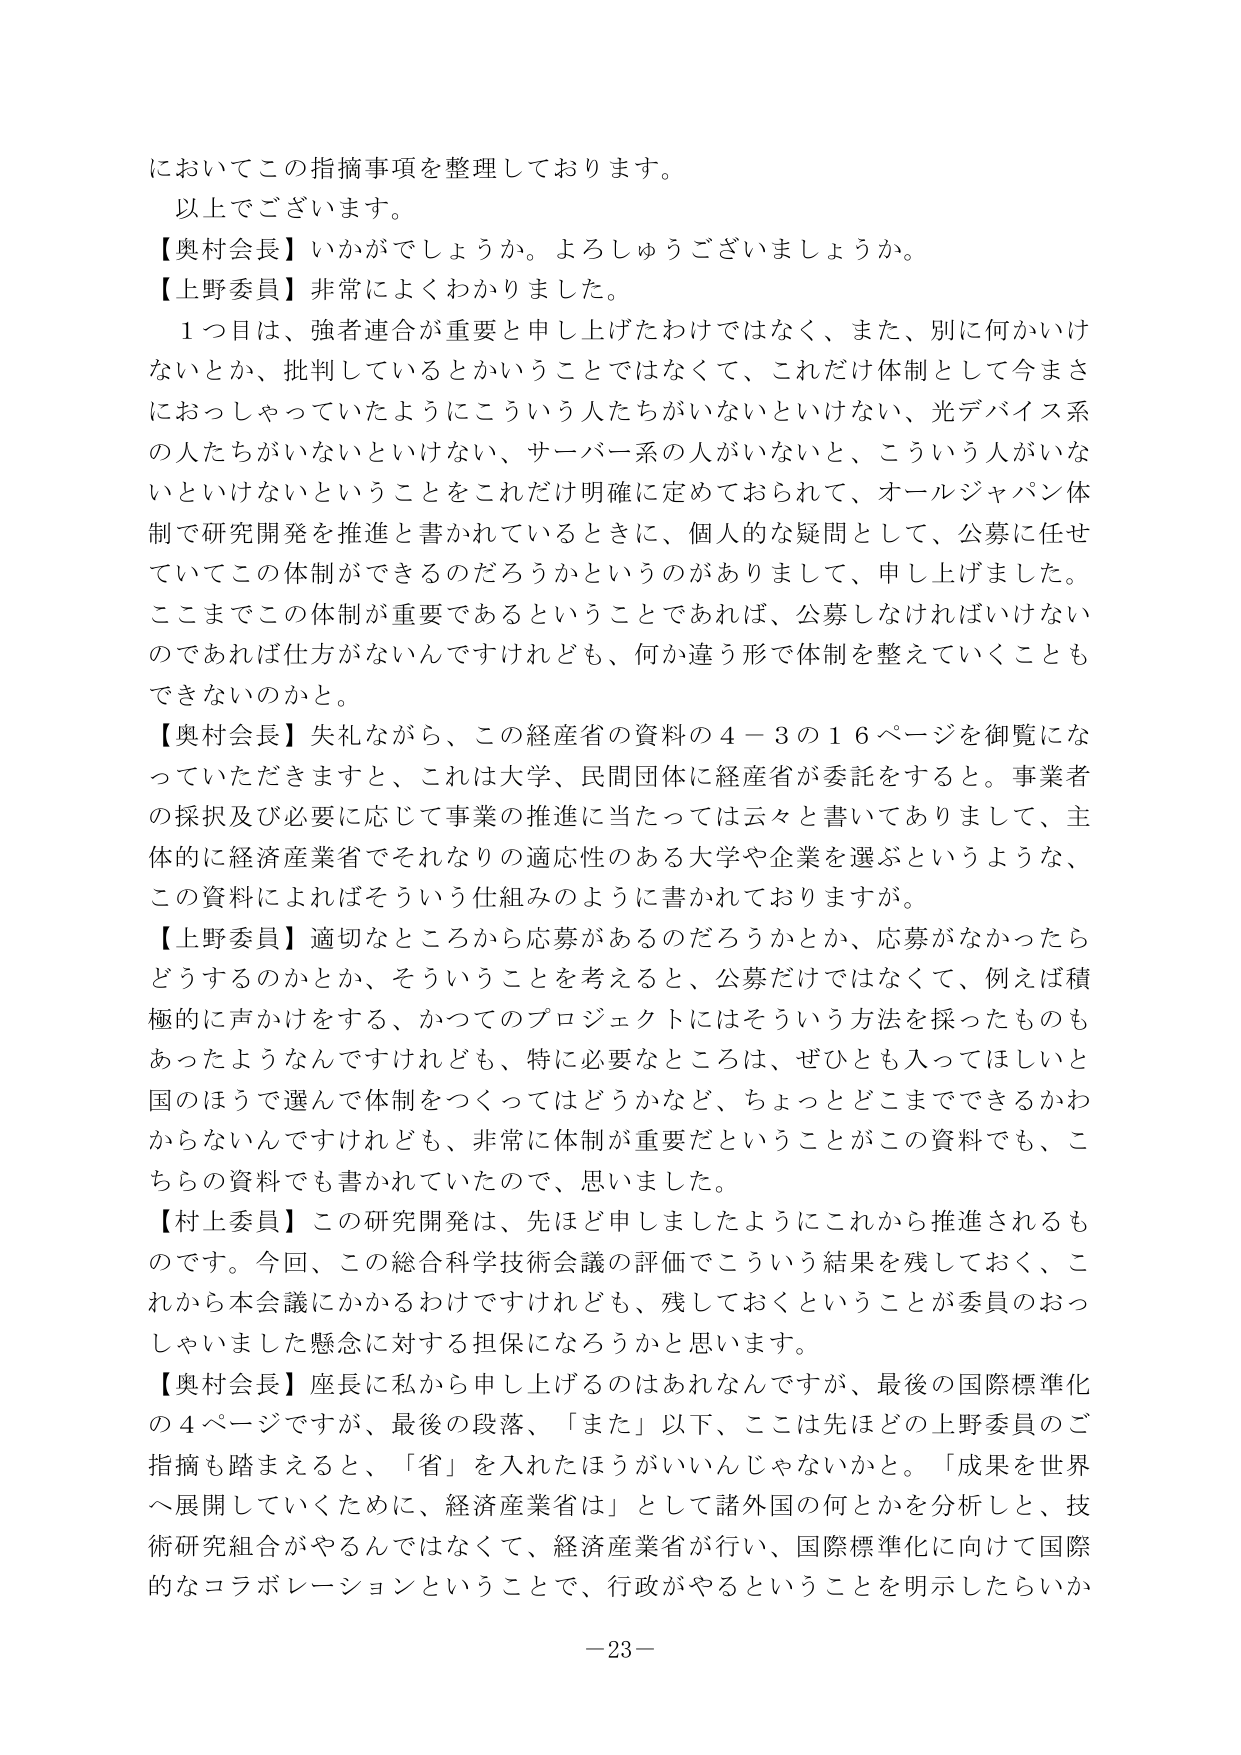
においてこの指摘事項を整理しております。
以上でございます。
【奥村会長】いかがでしょうか。よろしうございますか。
【上野委員】非常によくわかりました。
１つ目は、強者連合が重要と申し上げたわけではなく、また、別に何かいけないとか、批判しているとかいうことではなくて、これだけ体制として今まきにおっしゃっていたようにこういう人たちがいないといけない、光デバイス系の人たちがいないといけない、サーバー系の人がないと、こういう人がいないといけないということをこれだけ明確に定めておられて、オールジャパン体制で研究開発を推進と書かれているときに、個人的な疑問として、公募に任せていてこの体制ができるのだろうかというのがありまして、申し上げました。ここまでこの体制が重要であるということであれば、公募しなければいけないのであれば仕方がないんですけれども、何か違う形で体制を整えていくこともできないのかと。
【奥村会長】失礼ながら、この経産省の資料の４－３の１６ページを御覧になっていただきますと、これは大学、民間団体に経産省が委託をすると。事業者の採択及び必要に応じて事業の推進に当たっては云々と書いてありまして、主体的に経済産業省でそれなりの適応性のある大学や企業を選ぶというような、この資料によればそういう仕組みのように書かれておりますが。
【上野委員】適切なところから応募があるのだろうかとか、応募がなかったらどうするのかとか、そういうことを考えると、公募だけではなくて、例えば積極的に声かけをする、かつてのプロジェクトにはそういう方法を採ったものもあったようなんですけれども、特に必要なところは、ぜひとも入ってほしいと国のほうで選んで体制をつくってはどうかなど、ちょっとどこまでできるかわからないんですけれども、非常に体制が重要だということがこの資料でも、こちらの資料でも書かれていたので、思いました。
【村上委員】この研究開発は、先ほど申しましたようにこれから推進されるものです。今回、この総合科学技術会議の評価でこういう結果を残しておく、これから本会議にかかるわけですけれども、残しておくということが委員のおっしゃいました懸念に対する担保になろうかと思います。
【奥村会長】座長に私から申し上げるのはあれなんですが、最後の国際標準化の４ページですが、最後の段落、「また」以下、ここは先ほどの上野委員のご指摘も踏まえると、「省」を入れたほうがいいんじゃないかと。「成果を世界へ展開していくために、経済産業省は」として諸外国の何かを分析しと、技術研究組合がやるんではなくて、経済産業省が行い、国際標準化に向けて国際的なコラボレーションということで、行政がやるということを明示したらいか
－23－